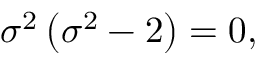
\sigma ^ { 2 } \left( \sigma ^ { 2 } - 2 \right) = 0 ,